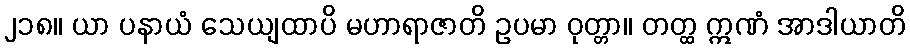
၂၁၈။ ယာ ပနာယံ သေယျထာပိ မဟာရာဇာတိ ဥပမာ ဝုတ္တာ။ တတ္ထ ဣဏံ အာဒါယာတိ